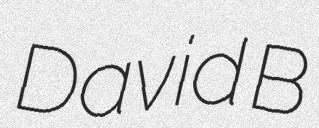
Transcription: David B